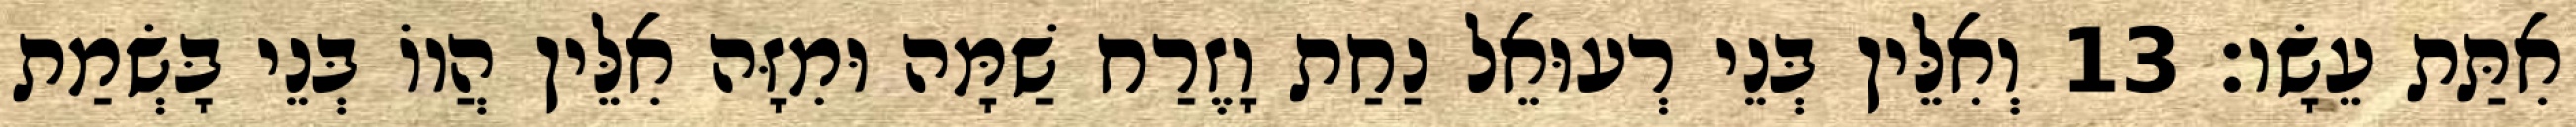
אִתַּת עֵשָׂו׃ 13 וְאִלֵּין בְּנֵי רְעוּאֵל נַחַת וָזֶרַח שַׁמָּה וּמִזָּה אִלֵּין הֲווֹ בְּנֵי בָּשְׂמַת